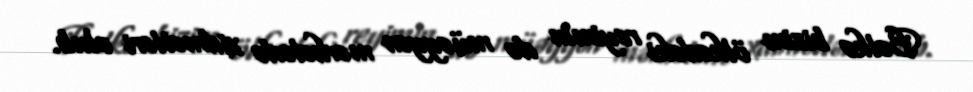
Bəlkə bizim ölkədəki reyimin də müəyyən mərhələdə xidmətləri olub.